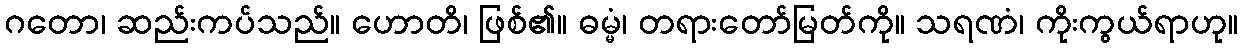
ဂတော၊ ဆည်းကပ်သည်။ ဟောတိ၊ ဖြစ်၏။ ဓမ္မံ၊ တရားတော်မြတ်ကို။ သရဏံ၊ ကိုးကွယ်ရာဟု။